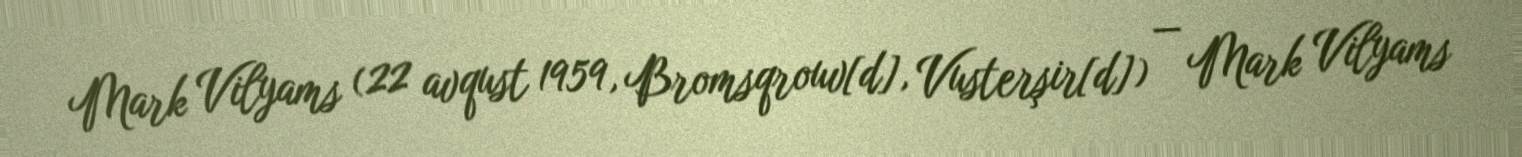
Mark Vilyams (22 avqust 1959, Bromsqrouv[d], Vusterşir[d]) — Mark Vilyams